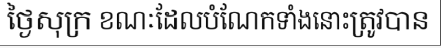
ថ្ងៃសុក្រ ខណៈដែលបំណែកទាំងនោះត្រូវបាន